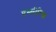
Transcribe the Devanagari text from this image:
एस्सीरिया